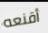
أقنعه